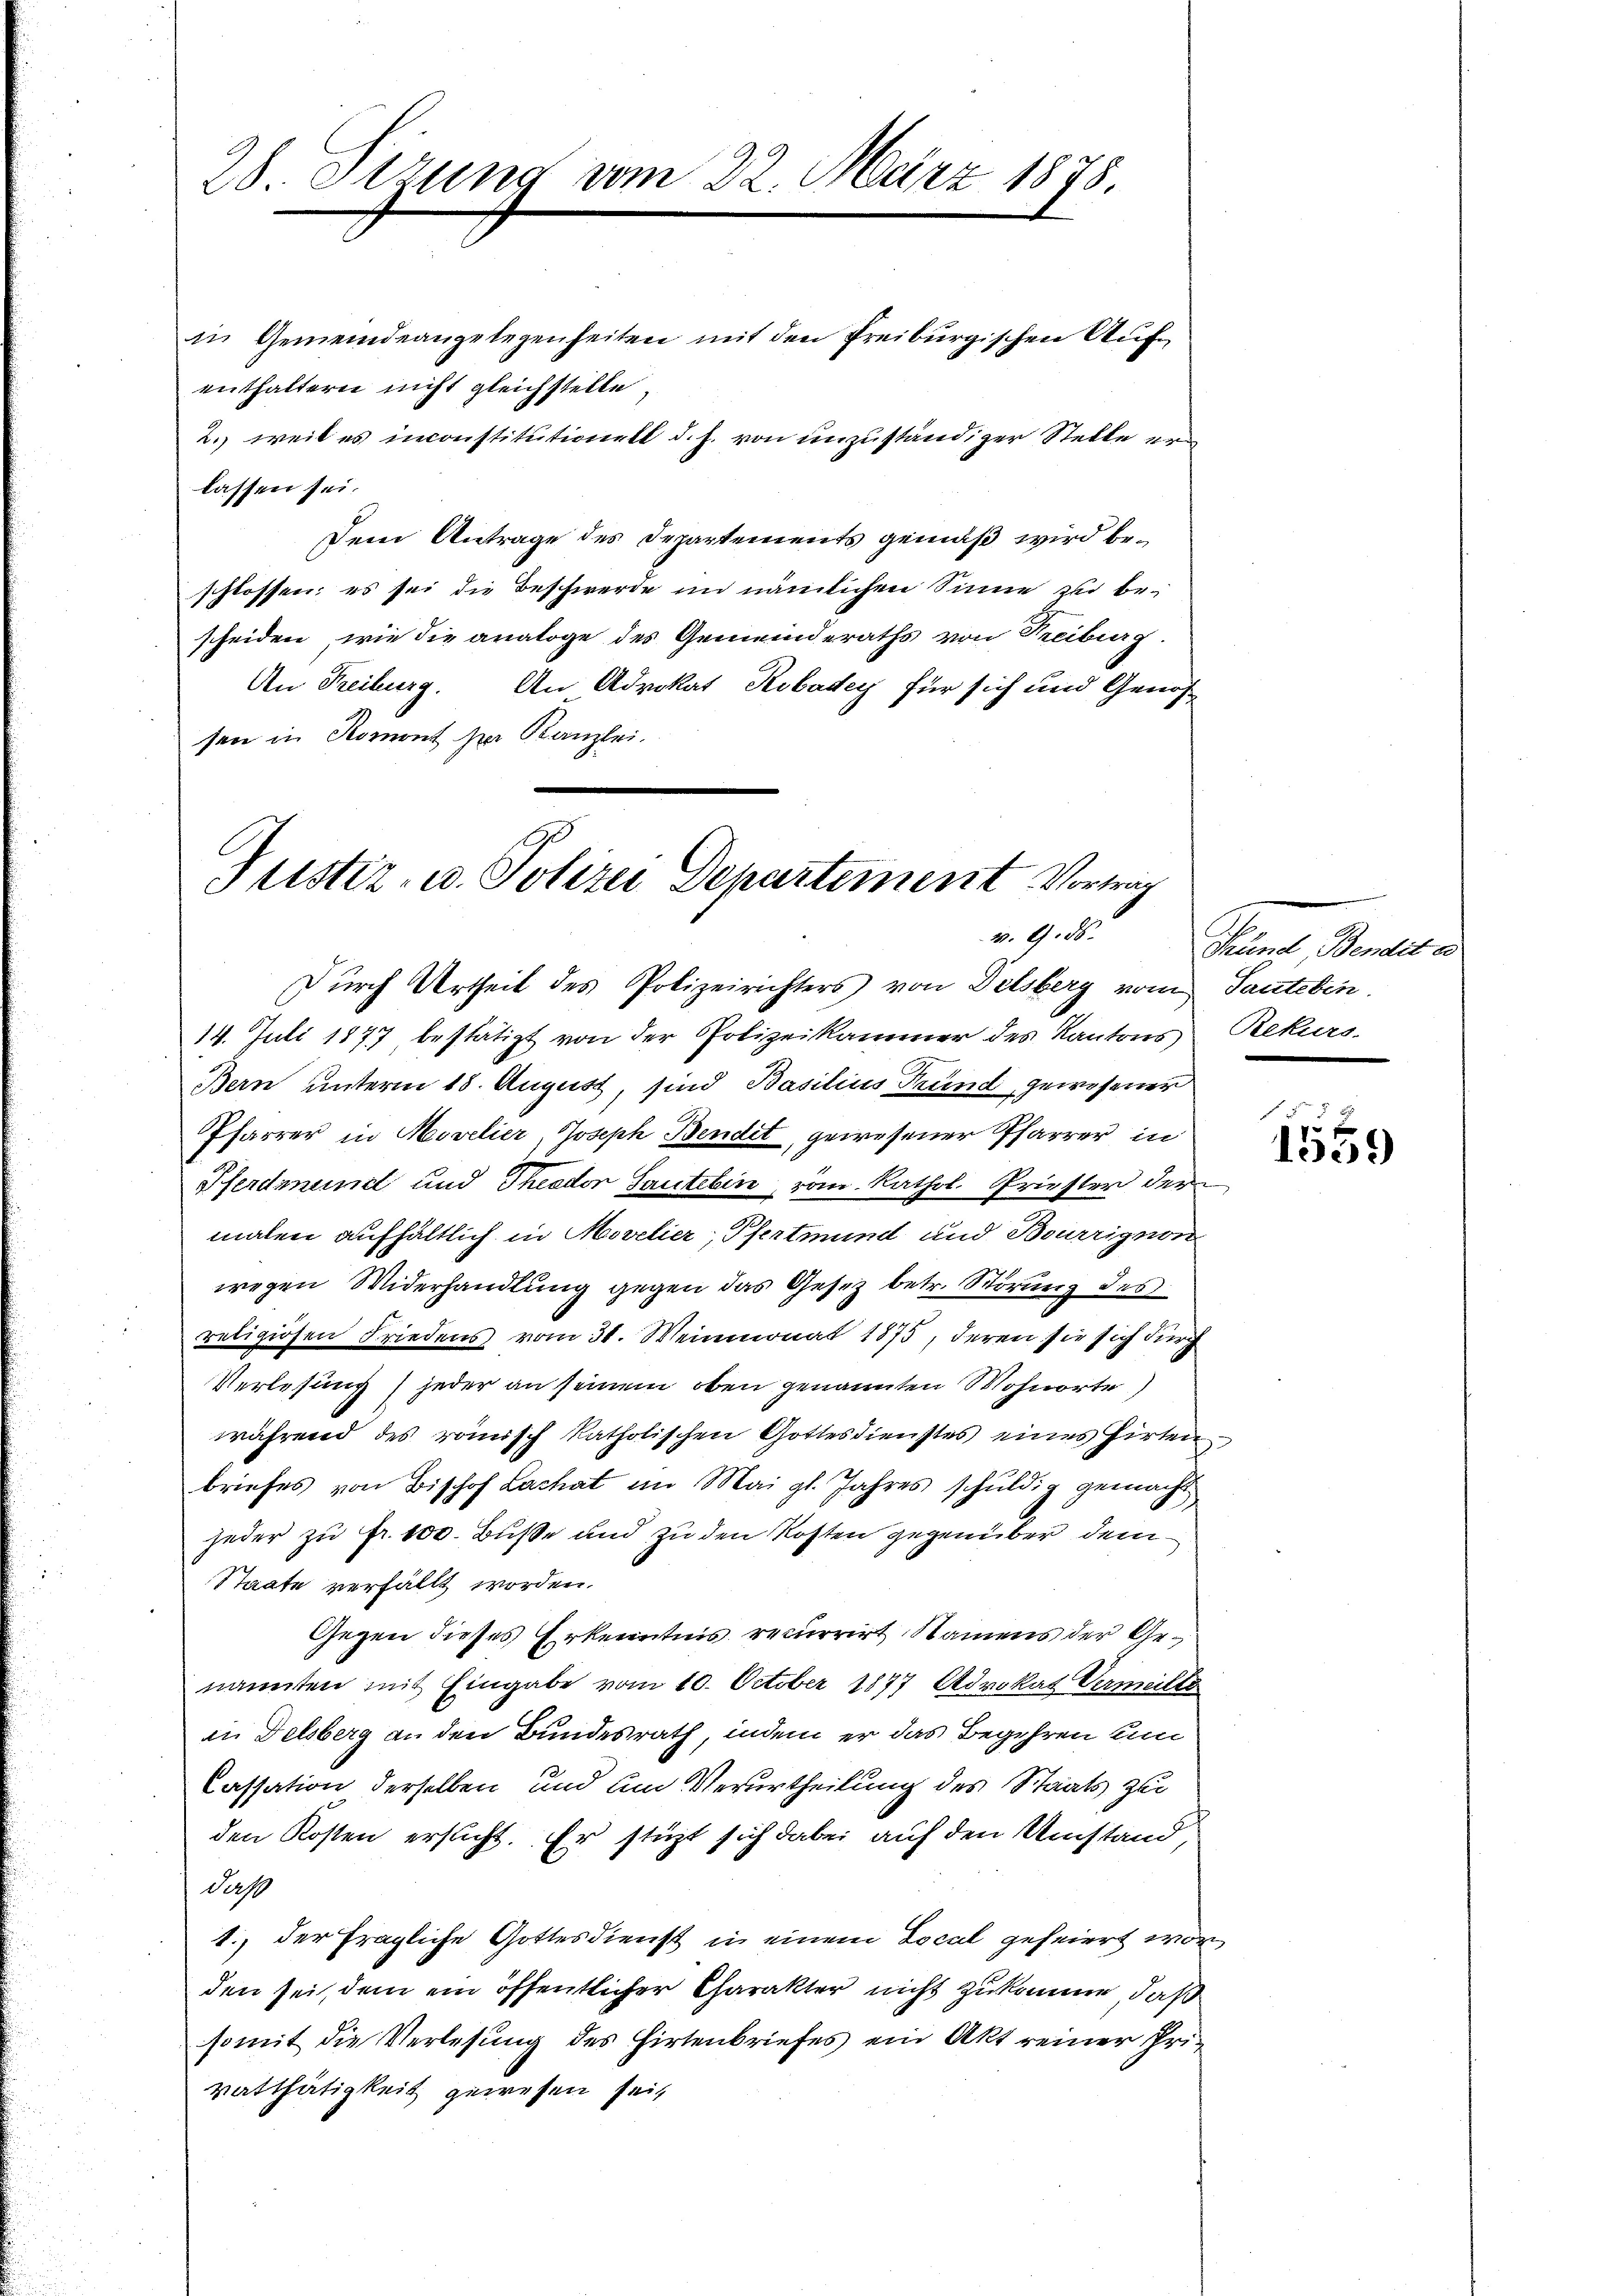
28 Stzung vom 22. März 1878.
in Gemeindeangelegenheiten mit den Freiburgischen Auf¬

enthaltern nicht gleichstelle.
2. weil es inconstitutionell d. h. von unzuständiger Stelle er
lassen sei.
Dem Antrage des Departements gemäß wird beschlossen; es sei die Beschwerde im nämlichen Sinne zu bescheiden, wie die analoge des Gemeinderaths von Treiburg
An Freiburg. An Advokat Robadey für sich und Genossen in Roment zur Kanzlei.

Justiz- u. Polizei Departement Vortrag
v. 9. ds.

Durch Urtheil des Polizeirichters von Delsberg vom Santeben.
14. Juli 1877 bestätigt von der Polizeikammer des Kantons Rekurs-
Bern unterm 18. August, sind Basilius Grund gewesener
Pfarrer in Movelier, Joseph Bendet, gewesener Pfarrer in
Pferdmund und Theodor Sautelin, vom Kathol. Priester der
malen aufhältlich in Movelier, Pfertmund und Bourrignon
wegen Widerhandlung gegen das Gesez betr. Störung des
religiösen Friedens vom 31. Weinmonat 1875, deren sie sich durch
Verlesung jeder an seinem oben genannten Wohnorte)
während des römisch katholischen Gottesdienstes eines Hirten
briefes von Bischof Lachat im Mai gl. Jahres schuldig gemacht
jeder zu Fr. 100. Buße und zu den Kosten gegenüber dem
Staate verfällt worden.
Gegen dieses Erkenntnis recurrirt Namens der Genannten mit Eingabe vom 10. October 1877 Advokat Vermeiste
in Delsberg an den Bundesrath, indem er das Begehren um
Cassation derselben und um Verurtheilung des Staats zu
den Kosten ersucht. Er stüzt sich dabei auf den Umstand,
Jah
1., der fragliche Gottesdienst in einem Local gefeiert worden sei, dem ein öffentlicher Charakter nicht zukomme, daß
somit die Verlesung des Hirtenbriefes ein Akt reiner Pri-
vatthätigkeit gewesen seit

Prunt, Banal a

.

f 5 x
1559